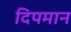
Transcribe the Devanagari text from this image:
दिपमान